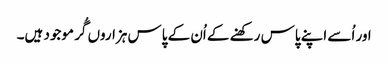
اور اُسے اپنے پاس رکھنے کے اُن کے پاس ہزاروں گُر موجود ہیں۔